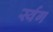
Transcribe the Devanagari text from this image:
र्स्वग